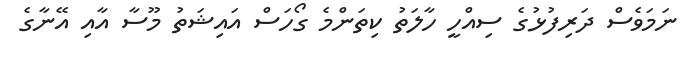
ނަމަވެސް ދަރިފުޅުގެ ސިއްހީ ހާލަތު ކިތަންމެ ގޯހަސް އައިޝަތު މޫސާ އާއި އޭނާގެ